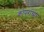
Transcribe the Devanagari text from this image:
कोपरांच्या